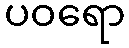
ပဝရော